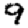
Digit: 9